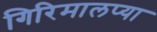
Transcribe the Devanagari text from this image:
गिरिमालप्या